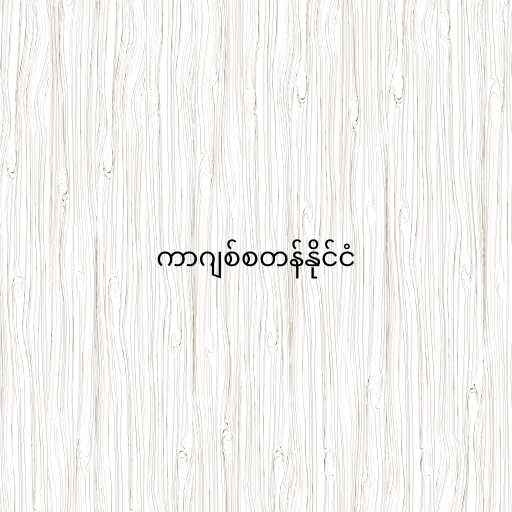
ကာဂျစ်စတန်နိုင်ငံ